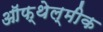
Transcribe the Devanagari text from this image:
ऑफ्थेल्मीक